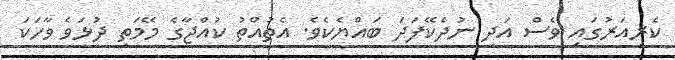
ކެރިއަރުގައި ވެސް އަދި ނުދެކޭފަދަ ބައްޔެކެވެ. އެތުއްތު ކުއްޖާގެ މޭމަތި ދުޅަވެ ވާހަކަ